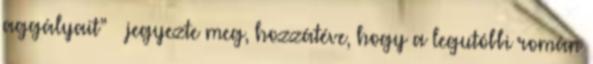
aggályait” – jegyezte meg, hozzátéve, hogy a legutóbbi román